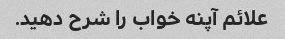
علائم آپنه خواب را شرح دهید.